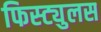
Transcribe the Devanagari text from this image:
फिस्ट्युलस